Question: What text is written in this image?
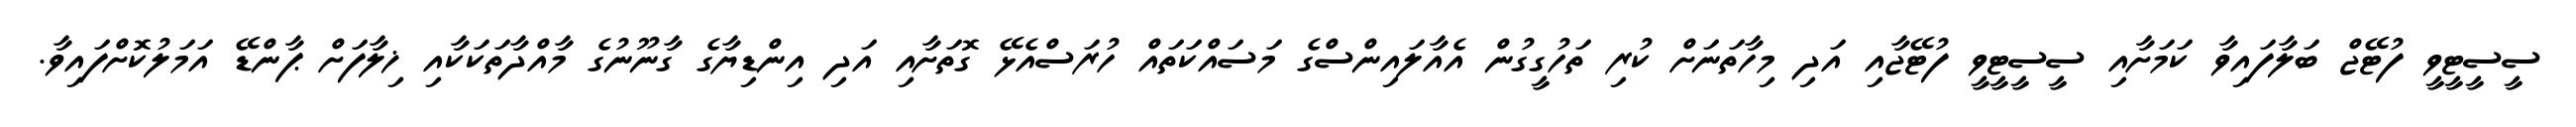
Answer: ސީސީޓީވީ ފުޓޭޖް ބަލާފައިވާ ކަމަށާއި ސީސީޓީވީ ފުޓޭޖާއި އަދި މިހާތަނަށް ކުރި ތަހުގީގުން އެއާލައިންސްގެ މަސައްކަތައް ހުރަސްއެޅޭ ގޮތަށާއި އަދި އިންޑިޔާގެ ގާނޫނުގެ މާއްދާތަކަކާއި ޚިލާފަށް ޕާންޑޭ އަމަލުކޮށްފައިވާ.